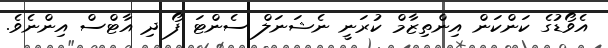
އެވޯޑުގެ ކަންކަން އިންތިޒާމް ކުރަނީ ނެޝަނަލް ސެންޓަ ފޯ ދި އާޓްސް އިންނެވެ.